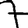
Digit: 7